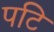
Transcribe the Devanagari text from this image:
पटि